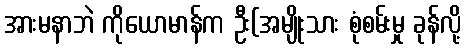
အားမနာဘဲ ကိုယောမာန်က ဦး(အမျိုးသား စုံစမ်းမှု ခုန်လို့